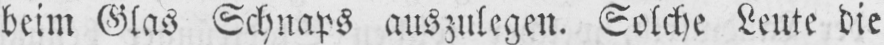
beim Glas Schnaps auszulegen. Solche Leute die